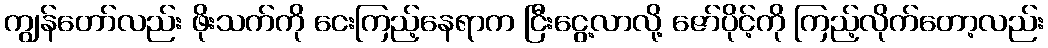
ကျွန်တော်လည်း ဖိုးသက်ကို ငေးကြည့်နေရာက ငြီးငွေ့လာလို့ ဇော်ပိုင့်ကို ကြည့်လိုက်တော့လည်း